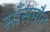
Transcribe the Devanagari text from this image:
साँसमौत